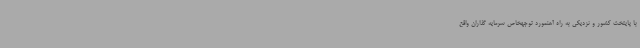
با پایتخت کشور و نزدیکی به راه آهنمورد توجهخاص سرمایه گذاران واقع